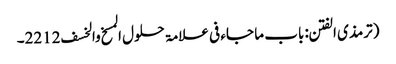
(ترمذی الفتن: باب ما جاء فی علامۃ حلول المسخ والخسف 2212۔